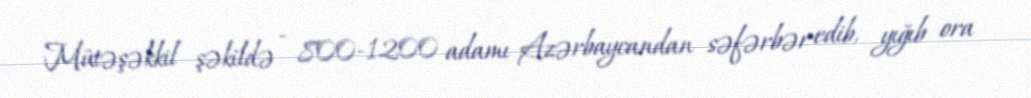
Mütəşəkkil şəkildə - 800-1200 adamı Azərbaycandan səfərbər edib, yığıb ora